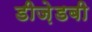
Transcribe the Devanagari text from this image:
डीज़ेडबी